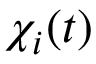
\chi _ { i } ( t )